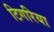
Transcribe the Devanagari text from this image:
टिगरिया